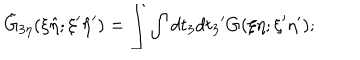
{ \tilde { G } } _ { 3 \eta } ( \xi { \hat { \eta } } ; { \xi } ^ { \prime } { \hat { \eta } } ^ { \prime } ) = \int \int d t _ { 3 } d { t _ { 3 } } ^ { \prime } G ( \xi \eta ; { \xi } ^ { \prime } { \eta } ^ { \prime } ) ;